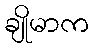
ချိုမာက